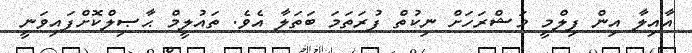
އާއިލާ އިން ފިލްމީ މަޝްރަހަށް ނިކުތް ފުރަތަމަ ބަތަލާ އެވެ. ތައުލީމް ޙާޞިލްކޮށްފައިވަނީ